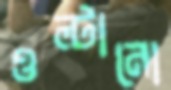
ওল্টানো